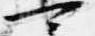
可